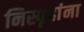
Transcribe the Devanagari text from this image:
निस्पृहांना